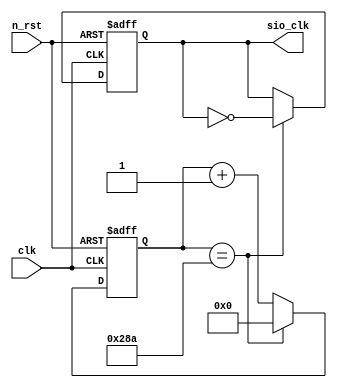
module sio_clk_div(n_rst, clk, sio_clk);

parameter SIO_CLK_SCALER = 651;	// 50M/9600/2/2/2=651, 38.3kHz

input n_rst;
input clk;	// 50MHz
output sio_clk;

reg [9:0] count;
reg q;

always @(posedge clk or negedge n_rst) begin
	if(!n_rst) begin
		count <= 10'h0;
		q <= 1'b0;
	end
	else begin
		count <= count + 11'h1;
		if(count == SIO_CLK_SCALER-1) begin
			q <= ~q;
			count <= 10'h0;
		end
	end
end

assign sio_clk = q;

endmodule